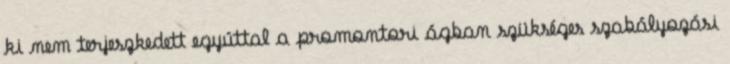
ki nem terjeszkedett egyúttal a promontori ágban szükséges szabályozási